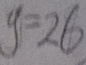
y = 2 6